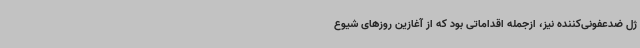
ژل ضدعفونی‌کننده نیز، ازجمله اقداماتی بود که از آغازین روزهای شیوع